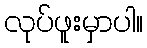
လုပ်ဖူးမှာပါ။